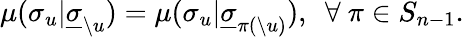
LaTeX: \mu(\sigma_{u}|\underline{{\sigma}}_{\setminus u})=\mu(\sigma_{u}|\underline{{\sigma}}_{\pi(\setminus u)}),~~\forall~\pi\in S_{n-1}.